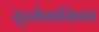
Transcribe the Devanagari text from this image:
सुखेनासिका